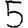
Digit: 5